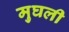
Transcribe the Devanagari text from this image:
मुघली